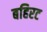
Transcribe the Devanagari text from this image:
बहिरट